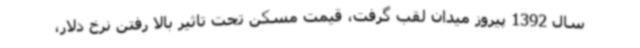
سال 1392 پیروز میدان لقب گرفت، قیمت مسکن تحت تاثیر بالا رفتن نرخ دلار،